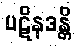
ပဋိနဒန္တိ